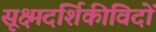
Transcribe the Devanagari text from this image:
सूक्ष्मदर्शिकीविदों